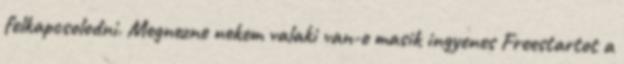
felkapcsolodni. Megnezne nekem valaki van-e masik ingyenes Freestartot a